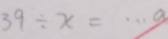
3 9 \div x = \cdot a